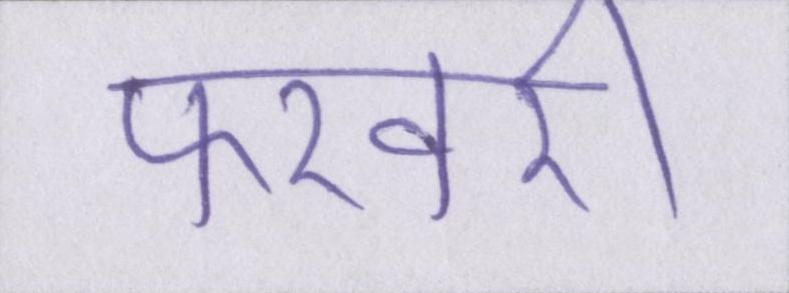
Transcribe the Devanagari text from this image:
फरवरी